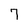
Character: 7